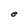
Character: e